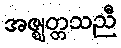
အဇ္ဈတ္တသညီ